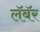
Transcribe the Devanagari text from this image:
लॅबॅर